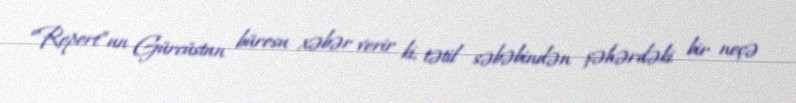
“Report”un Gürcüstan bürosu xəbər verir ki, tətil səbəbindən şəhərdəki bir neçə